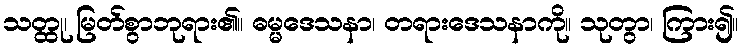
သတ္ထု၊ မြတ်စွာဘုရား၏။ ဓမ္မဒေသနာ၊ တရားဒေသနာကို။ သုတွာ၊ ကြား၍။